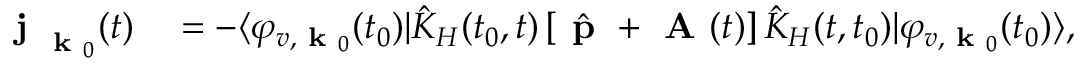
\begin{array} { r l } { \textbf { j } _ { \textbf { k } _ { 0 } } ( t ) } & { { } = - \langle \varphi _ { v , \textbf { k } _ { 0 } } ( t _ { 0 } ) | \hat { K } _ { H } ( t _ { 0 } , t ) \left[ \hat { \textbf { p } } + \textbf { A } ( t ) \right] \hat { K } _ { H } ( t , t _ { 0 } ) | \varphi _ { v , \textbf { k } _ { 0 } } { ( t _ { 0 } ) } \rangle , } \end{array}